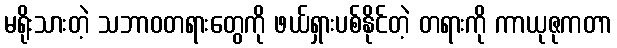
မရိုးသားတဲ့ သဘာဝတရားတွေကို ဖယ်ရှားပစ်နိုင်တဲ့ တရားကို ကာယုဇုကတာ